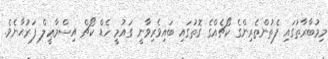
މިމުބާރާތުގައި ފެތުންތެރިންގެ ކޯޗެއްގެ ގޮތުގައި ބައިވެރިވާނީ ގައުމީ ހެޑް ކޯޗް އިސްމާޢީލް ފަރުޙާނެވެ.